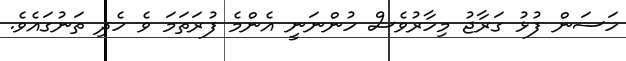
ހަސަން ފުޅު ގަރާޖު މިހާރުވެސް ހުންނަނީ އެންމެ ފުރަތަމަ ވެ ހެދި ތަނުގައެވެ.